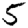
Digit: 5